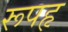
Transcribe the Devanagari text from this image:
रूपहृ